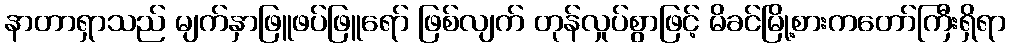
နာတာရှာသည် မျက်နှာဖြူဖပ်ဖြူရော် ဖြစ်လျက် တုန်လှုပ်စွာဖြင့် မိခင်မြို့စားကတော်ကြီးရှိရာ